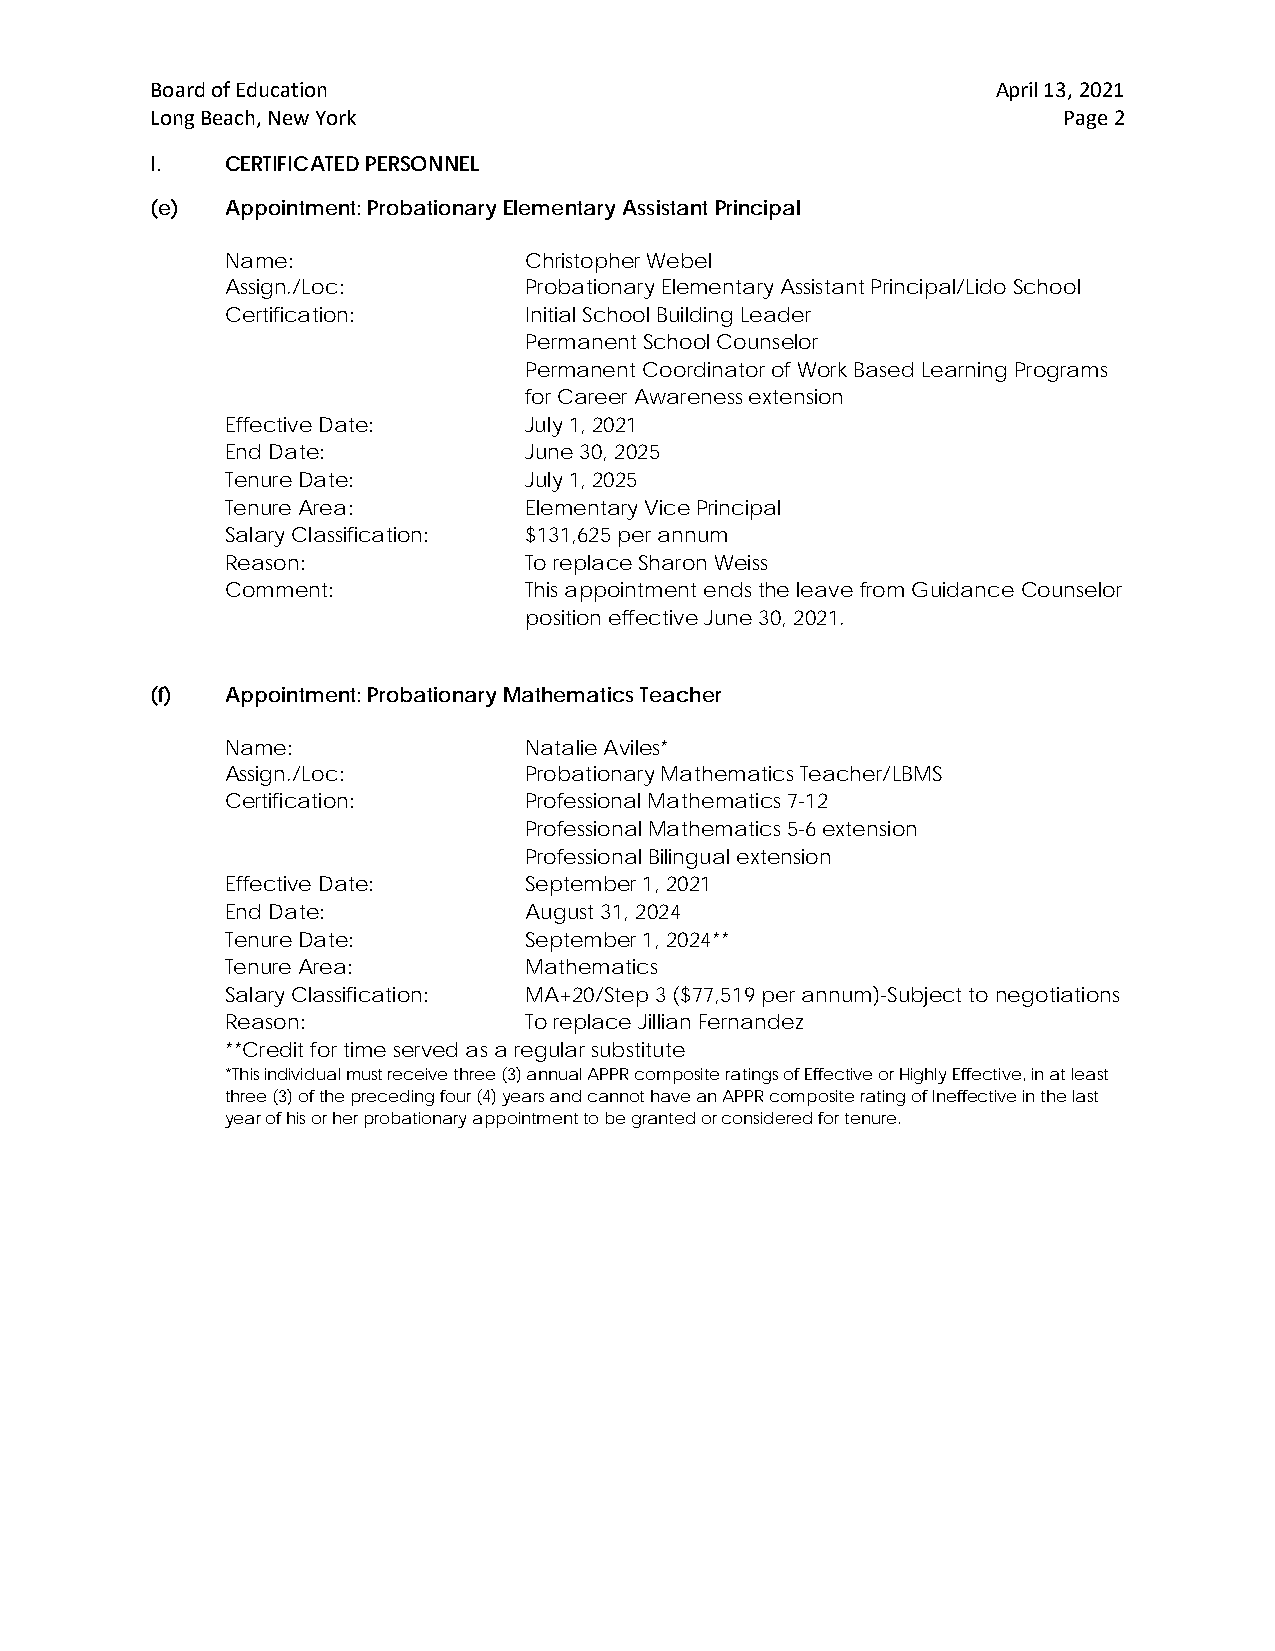
Board of Education                                      April 13, 2021
 Long Beach, New York                                        Page 2
 I.   CERTIFICATED PERSONNEL
 (e)  Appointment: Probationary Elementary Assistant Principal
 Name:               Christopher Webel
 Assign./Loc:        Probationary Elementary Assistant Principal/Lido School
 Certification:      Initial School Building Leader
 Permanent School Counselor
 Permanent Coordinator of Work Based Learning Programs
 for Career Awareness extension
 Effective Date:     July 1, 2021
 End Date:           June 30, 2025
 Tenure Date:        July 1, 2025
 Tenure Area:        Elementary Vice Principal
 Salary Classification: $131,625 per annum
 Reason:             To replace Sharon Weiss
 Comment:            This appointment ends the leave from Guidance Counselor
 position effective June 30, 2021.
 (f)  Appointment: Probationary Mathematics Teacher
 Name:               Natalie Aviles*
 Assign./Loc:        Probationary Mathematics Teacher/LBMS
 Certification:      Professional Mathematics 7-12
 Professional Mathematics 5-6 extension
 Professional Bilingual extension
 Effective Date:     September 1, 2021
 End Date:           August 31, 2024
 Tenure Date:        September 1, 2024**
 Tenure Area:        Mathematics
 Salary Classification: MA+20/Step 3 ($77,519 per annum)-Subject to negotiations
 Reason:             To replace Jillian Fernandez
 **Credit for time served as a regular substitute
 *This individual must receive three (3) annual APPR composite ratings of Effective or Highly Effective, in at least
 three (3) of the preceding four (4) years and cannot have an APPR composite rating of Ineffective in the last
 year of his or her probationary appointment to be granted or considered for tenure.